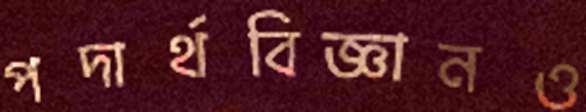
পদার্থবিজ্ঞানও